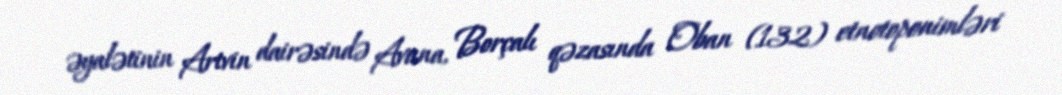
əyalətinin Artvin dairəsində Avana, Borçalı qəzasında Oban (132) etnotoponimləri